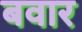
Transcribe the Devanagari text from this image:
बवार